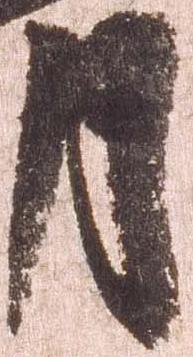
月